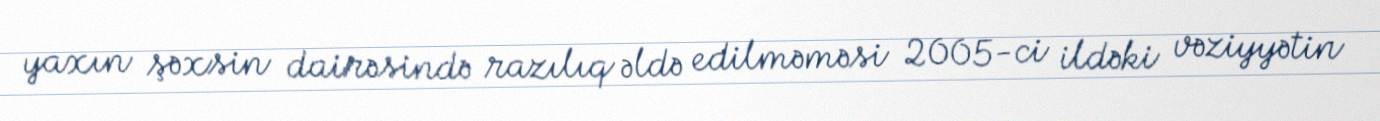
yaxın şəxsin dairəsində razılıq əldə edilməməsi 2005-ci ildəki vəziyyətin